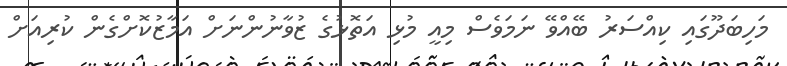
މަހިބަދޫގައި ކިއްސަރު ބޭއްވޭ ނަމަވެސް މިއީ މުޅި އަތޮޅުގެ ޒުވާނުންނަށް އަމާޒުކޮށްގެން ކުރިއަށް